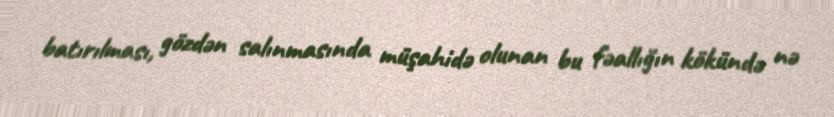
batırılması, gözdən salınmasında müşahidə olunan bu fəallığın kökündə nə